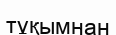
тұқымнан